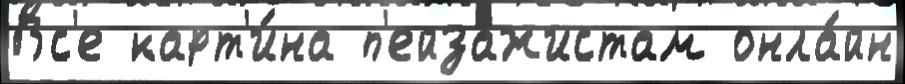
Вс'е карт'и́на п'ейзажистам онла́йн